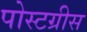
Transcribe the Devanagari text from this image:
पोस्टग्रीस